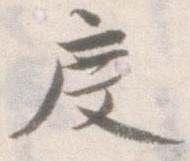
度